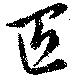
匠